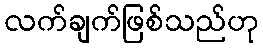
လက်ချက်ဖြစ်သည်ဟု